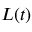
{ \mathbf { } } L ( t )